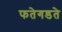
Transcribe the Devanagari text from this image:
फतेगडते